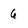
Character: 6